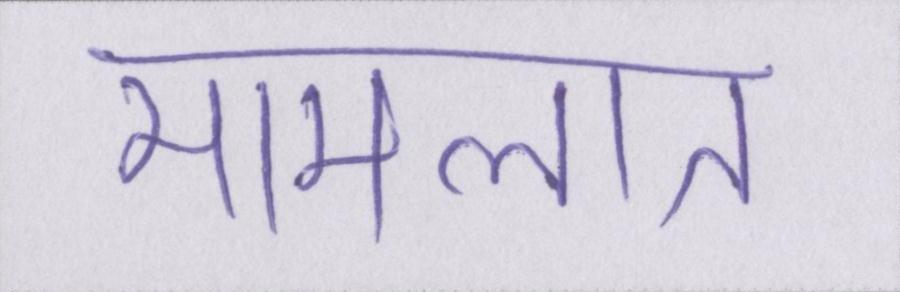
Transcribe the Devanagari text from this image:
मामलात